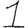
Digit: 1